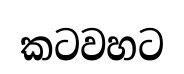
කටවහට